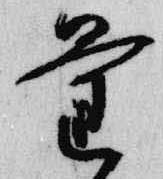
量